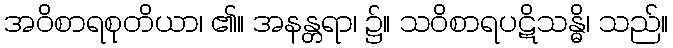
အဝိစာရစုတိယာ၊ ၏။ အနန္တရာ၊ ၌။ သဝိစာရပဋိသန္ဓိ၊ သည်။